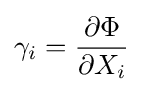
\gamma _{i}={\frac {\partial \Phi }{\partial X_{i}}}